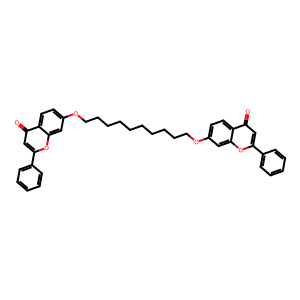
SMILES: O=c1cc(-c2ccccc2)oc2cc(OCCCCCCCCCCOc3ccc4c(=O)cc(-c5ccccc5)oc4c3)ccc12
Inhibits HIV replication: No